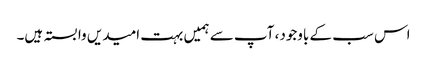
اس سب کے باوجود، آپ سے ہمیں بہت امیدیں وابستہ ہیں۔